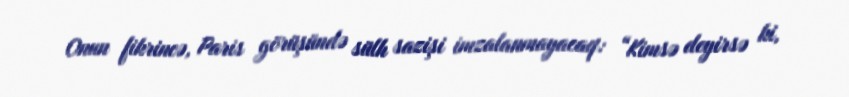
Onun fikrincə, Paris görüşündə sülh sazişi imzalanmayacaq: “Kimsə deyirsə ki,